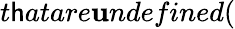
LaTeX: t\mathsf{h}atare\mathbf{u}ndefined(